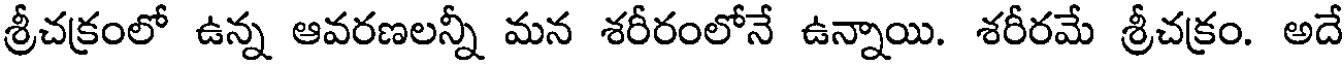
శ్రీచక్రంలో ఉన్న ఆవరణలన్నీ మన శరీరంలోనే ఉన్నాయి. శరీరమే శ్రీచక్రం. అదే